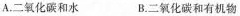
A.二氧化碳和水 B.二氧化碳和有机物